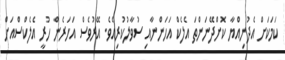
ކަމަކަށް އެދުނިއްޔާ ކޮށްދޭނަންތަ އެލެކް އަހަންނާއި ސުވާލުކުރިއެވެ. އޭރުވެސް އަހަރެން ހުރީ އެލެކްސްއަށް